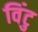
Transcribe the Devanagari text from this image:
विंटु